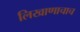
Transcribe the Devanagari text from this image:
लिखाणाचाच